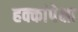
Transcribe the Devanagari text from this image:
हक्कांपेक्षा